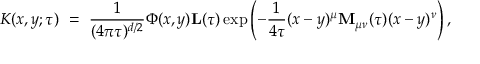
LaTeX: K ( x , y ; \tau ) \ = \ \frac { 1 } { ( 4 \pi \tau ) ^ { d / 2 } } \Phi ( x , y ) { \mathbf L } ( \tau ) \exp \left( - \frac { 1 } { 4 \tau } ( x - y ) ^ { \mu } { \bf M } _ { \mu \nu } ( \tau ) ( x - y ) ^ { \nu } \right) ,